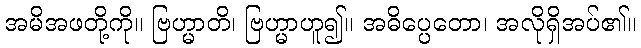
အမိအဖတို့ကို။ ဗြဟ္မာတိ၊ ဗြဟ္မာဟူ၍။ အဓိပ္ပေတော၊ အလိုရှိအပ်၏။